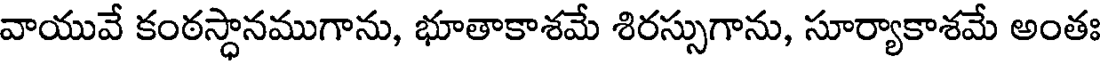
వాయువే కంఠస్థానముగాను, భూతాకాశమే శిరస్సుగాను, సూర్యాకాశమే అంతః